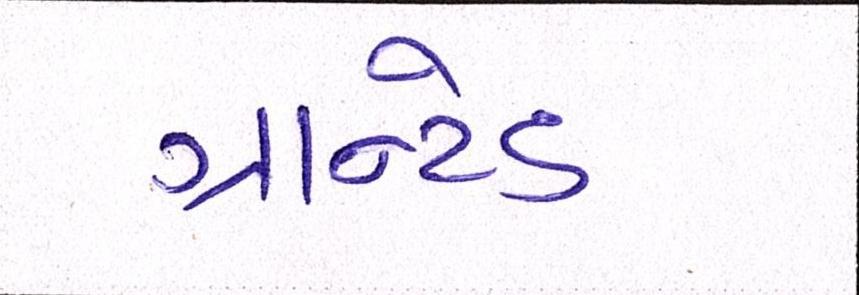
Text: ગ્રાન્ટેડ